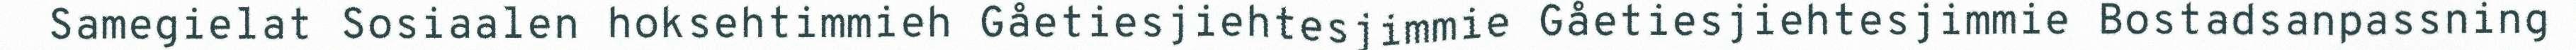
Samegielat Sosiaalen hoksehtimmieh Gåetiesjiehtesjimmie Gåetiesjiehtesjimmie Bostadsanpassning